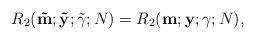
LaTeX: \begin{gather*}{R}_2({\bf \tilde{m}; \tilde{y}}; \tilde{\gamma}; N)={R}_2({\bf m; y}; {\gamma}; N),\end{gather*}